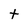
Character: t